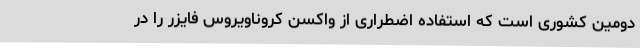
دومین کشوری است که استفاده اضطراری از واکسن کروناویروس فایزر را در